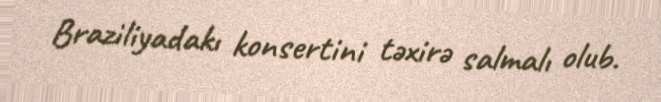
Braziliyadakı konsertini təxirə salmalı olub.